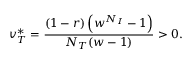
v _ { T } ^ { * } = \frac { ( 1 - r ) \left( w ^ { N _ { I } } - 1 \right) } { N _ { T } ( w - 1 ) } > 0 .